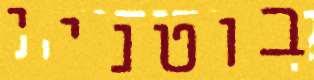
בוטניי